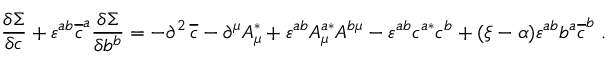
\frac { \delta \Sigma } { \delta c } + \varepsilon ^ { a b } \overline { { { c } } } ^ { a } \frac { \delta \Sigma } { \delta b ^ { b } } = - \partial ^ { 2 } \, \overline { { { c } } } - \partial ^ { \mu } A _ { \mu } ^ { * } + \varepsilon ^ { a b } A _ { \mu } ^ { a * } A ^ { b \mu } - \varepsilon ^ { a b } c ^ { a * } c ^ { b } + ( \xi - \alpha ) \varepsilon ^ { a b } b ^ { a } \overline { { { c } } } ^ { b } \; .